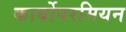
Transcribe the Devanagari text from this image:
कार्बोपरमियन